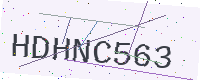
Text: HDHNC563